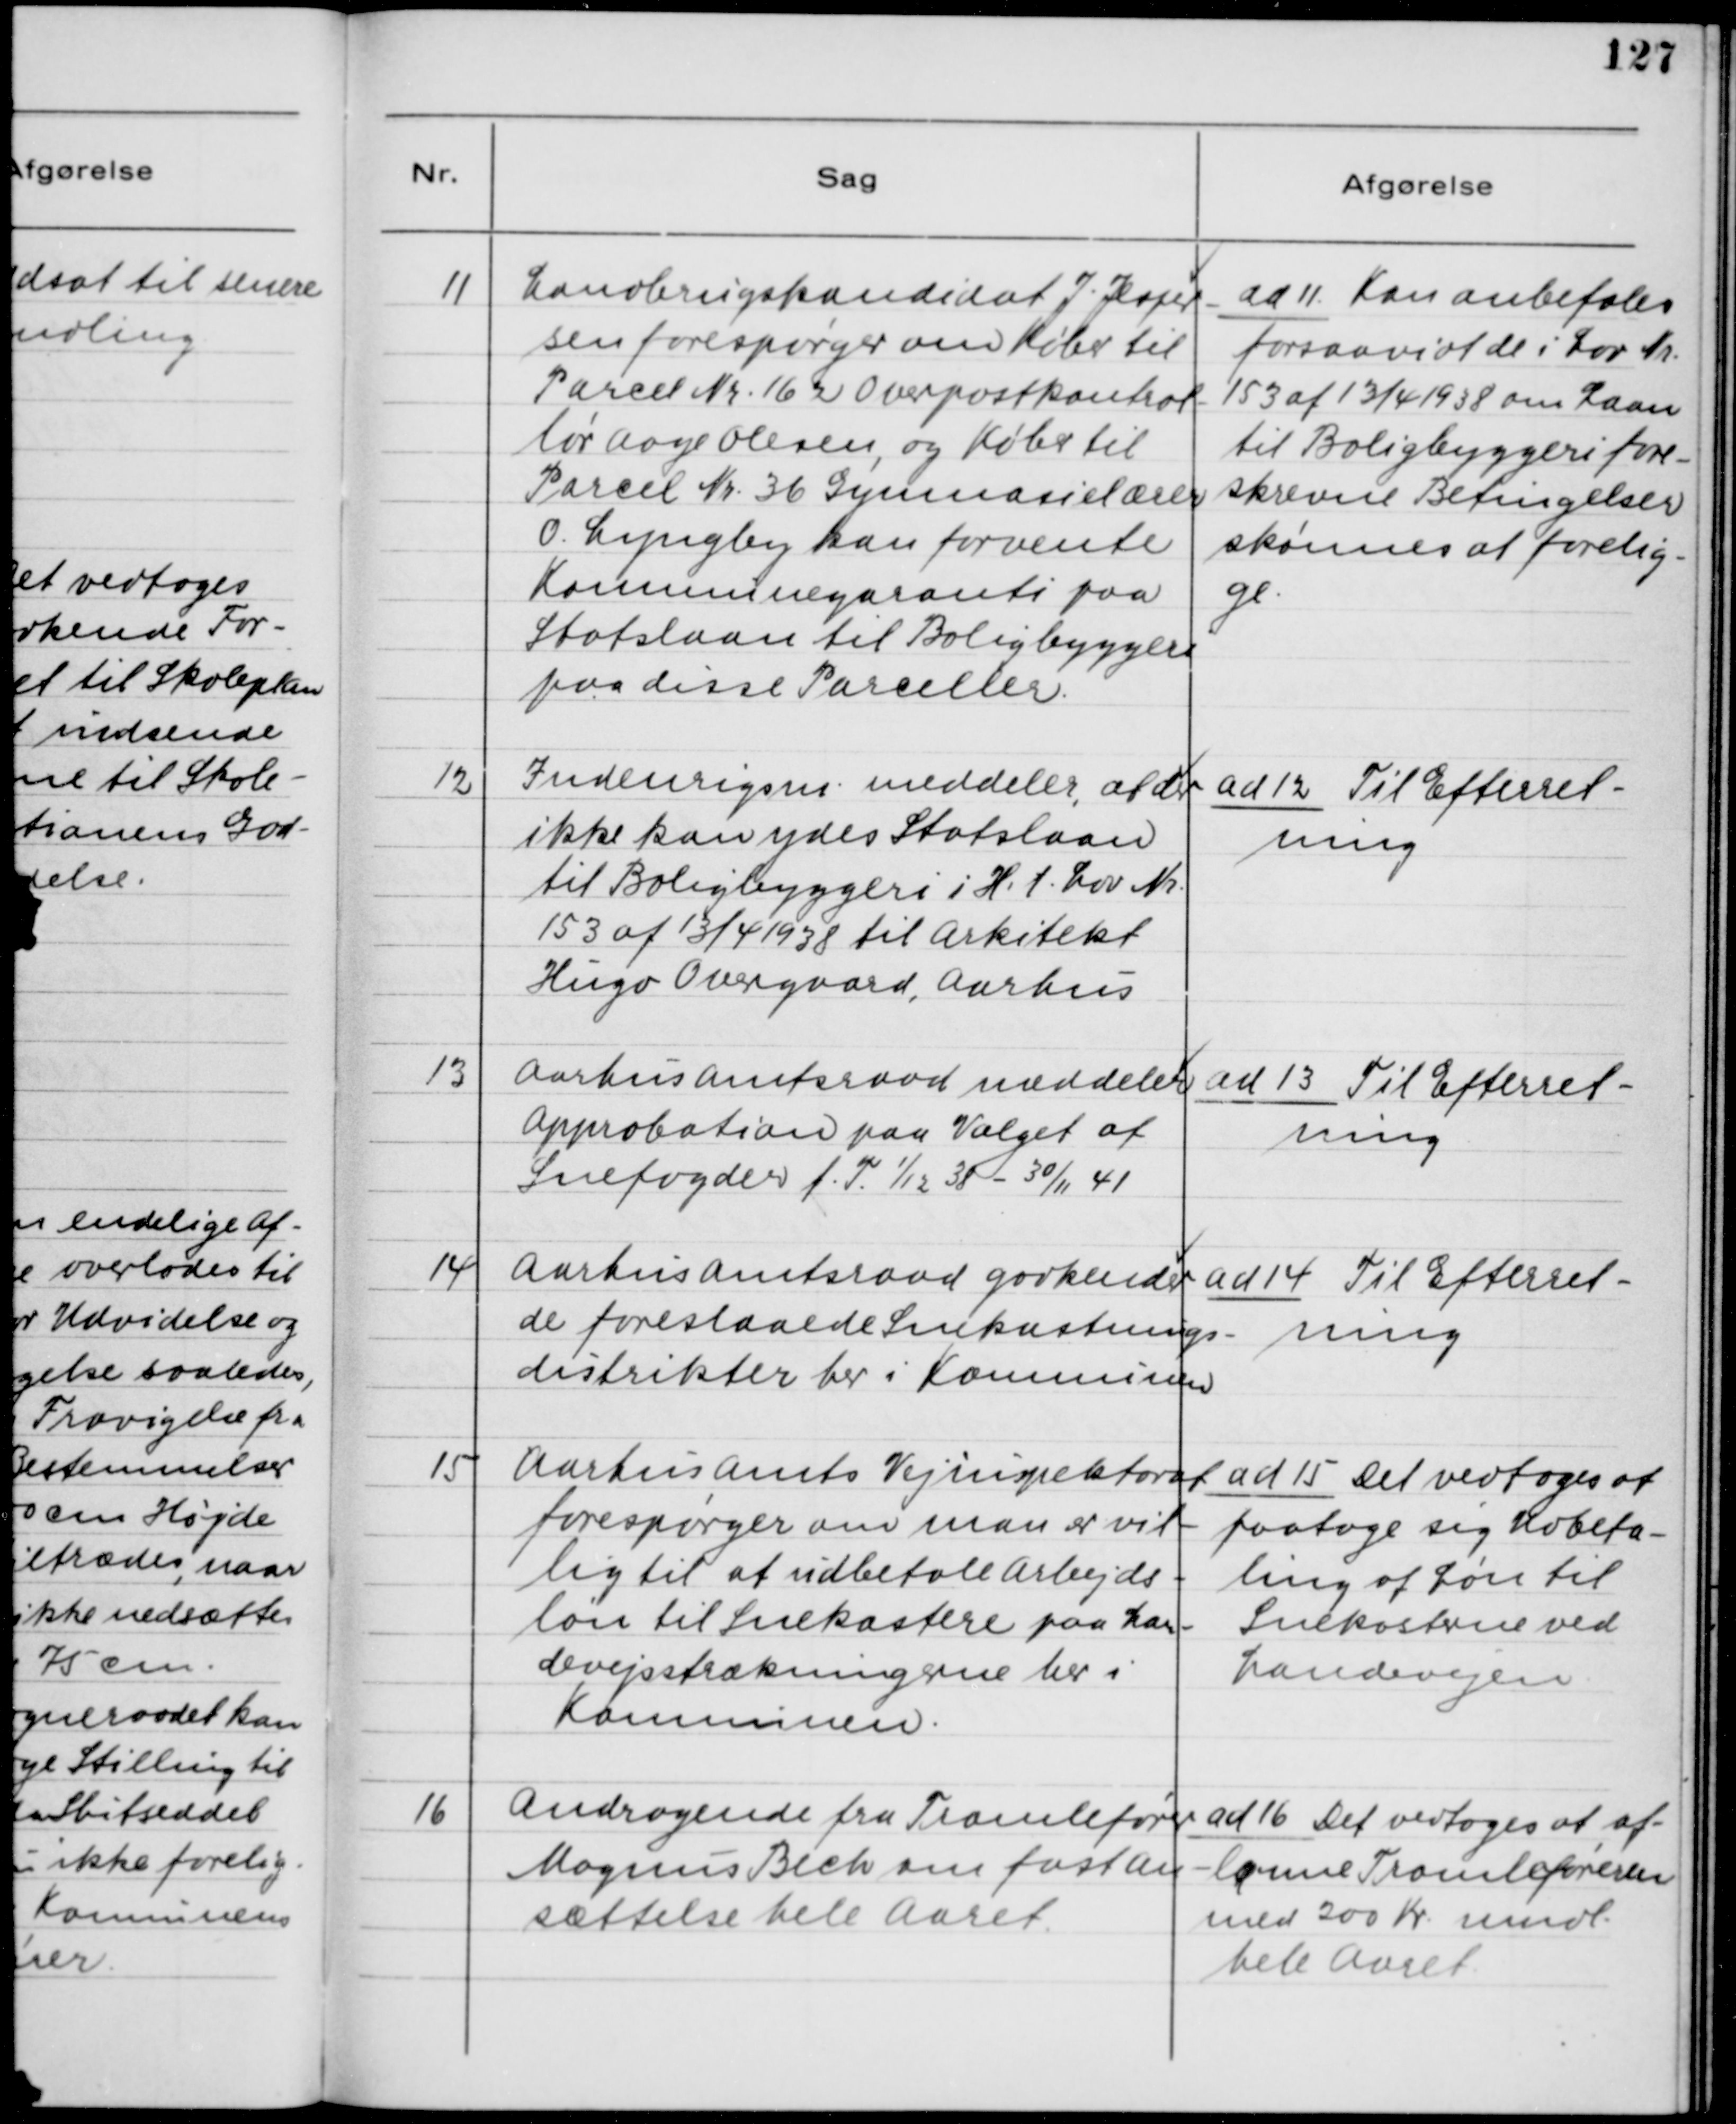
Transskription:
11. Landbrugskandidat J. Jesper-
sen forespørger om Køber til
Parcel Nr. 162 Overpostkontrol-
lør Aage Olesen, og Køber til
Parcel Nr. 36 Gymnasielærer
O. Lyngby kan forvente
Kommunegaranti paa
Statslaan til Boligbyggeri
paa disse Parceller.

ad 11. Kan anbefales
forsaavidt de i Lov Nr.
153 af 13/4 1938 om Laan
til Boligbyggeri fore-
skrevne Betingelser
skønnes at forelig-
ge.

12. Indenrigsm. meddeler, at der
ikke kan ydes Statslaan
til Boligbyggeri i H. t. Lov Nr.
153 af 13/4 1938 til Arkitekt
Hugo Overgaard, Aarhus

ad 12. Til Efterret-
ning

13. Aarhus Amtsraad meddeler
Approbation paa Valget af
Snefogder f. T. 1/12 38 - 30/11 41

ad 13. Til Efterret-
ning

14. Aarhus Amtsraad godkender
de foreslaaede Snekastnings-
distrikter her i Kommunen.

ad 14. Til Efterret-
ning

15. Aarhus Amts Vejinspektorat
forespørger om man er vil-
lig til at udbetale Arbejds-
løn til Snekastere paa Lan-
devejsstrækningerne her i
Kommunen.

ad 15. Det vedtoges at
paatage sig Udbeta-
lingen af Løn til
Snekasterne ved
Landevejene.

16. Andragende fra Tromlefører
Mogens Bech om fastan-
sættelse hele Aaret.

ad 16. Det vedtoges at af-
lønne Tromleføreren
med 200 Kr. mndl.
hele Aaret.